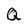
Character: Q